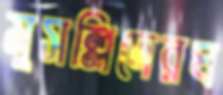
মুসল্লিদেরঘ